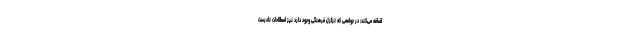
اضافه می‌کند: در جوامعی که تزلزل فرهنگی وجود دارد نیز اصطلاحات نادرست